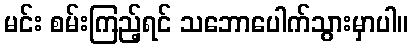
မင်း စမ်းကြည့်ရင် သဘောပေါက်သွားမှာပါ။